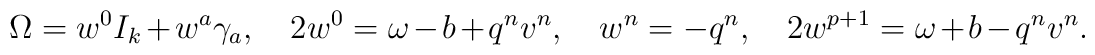
{\Omega}= w^0 I_k+w^a \gamma_a, \quad2w^0 =\omega-b+q^nv^n,\quad w^n=-q^n,\quad 2w^{p+1}=\omega+b-q^nv^n.